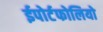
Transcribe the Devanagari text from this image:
ईपोर्टफोलियो